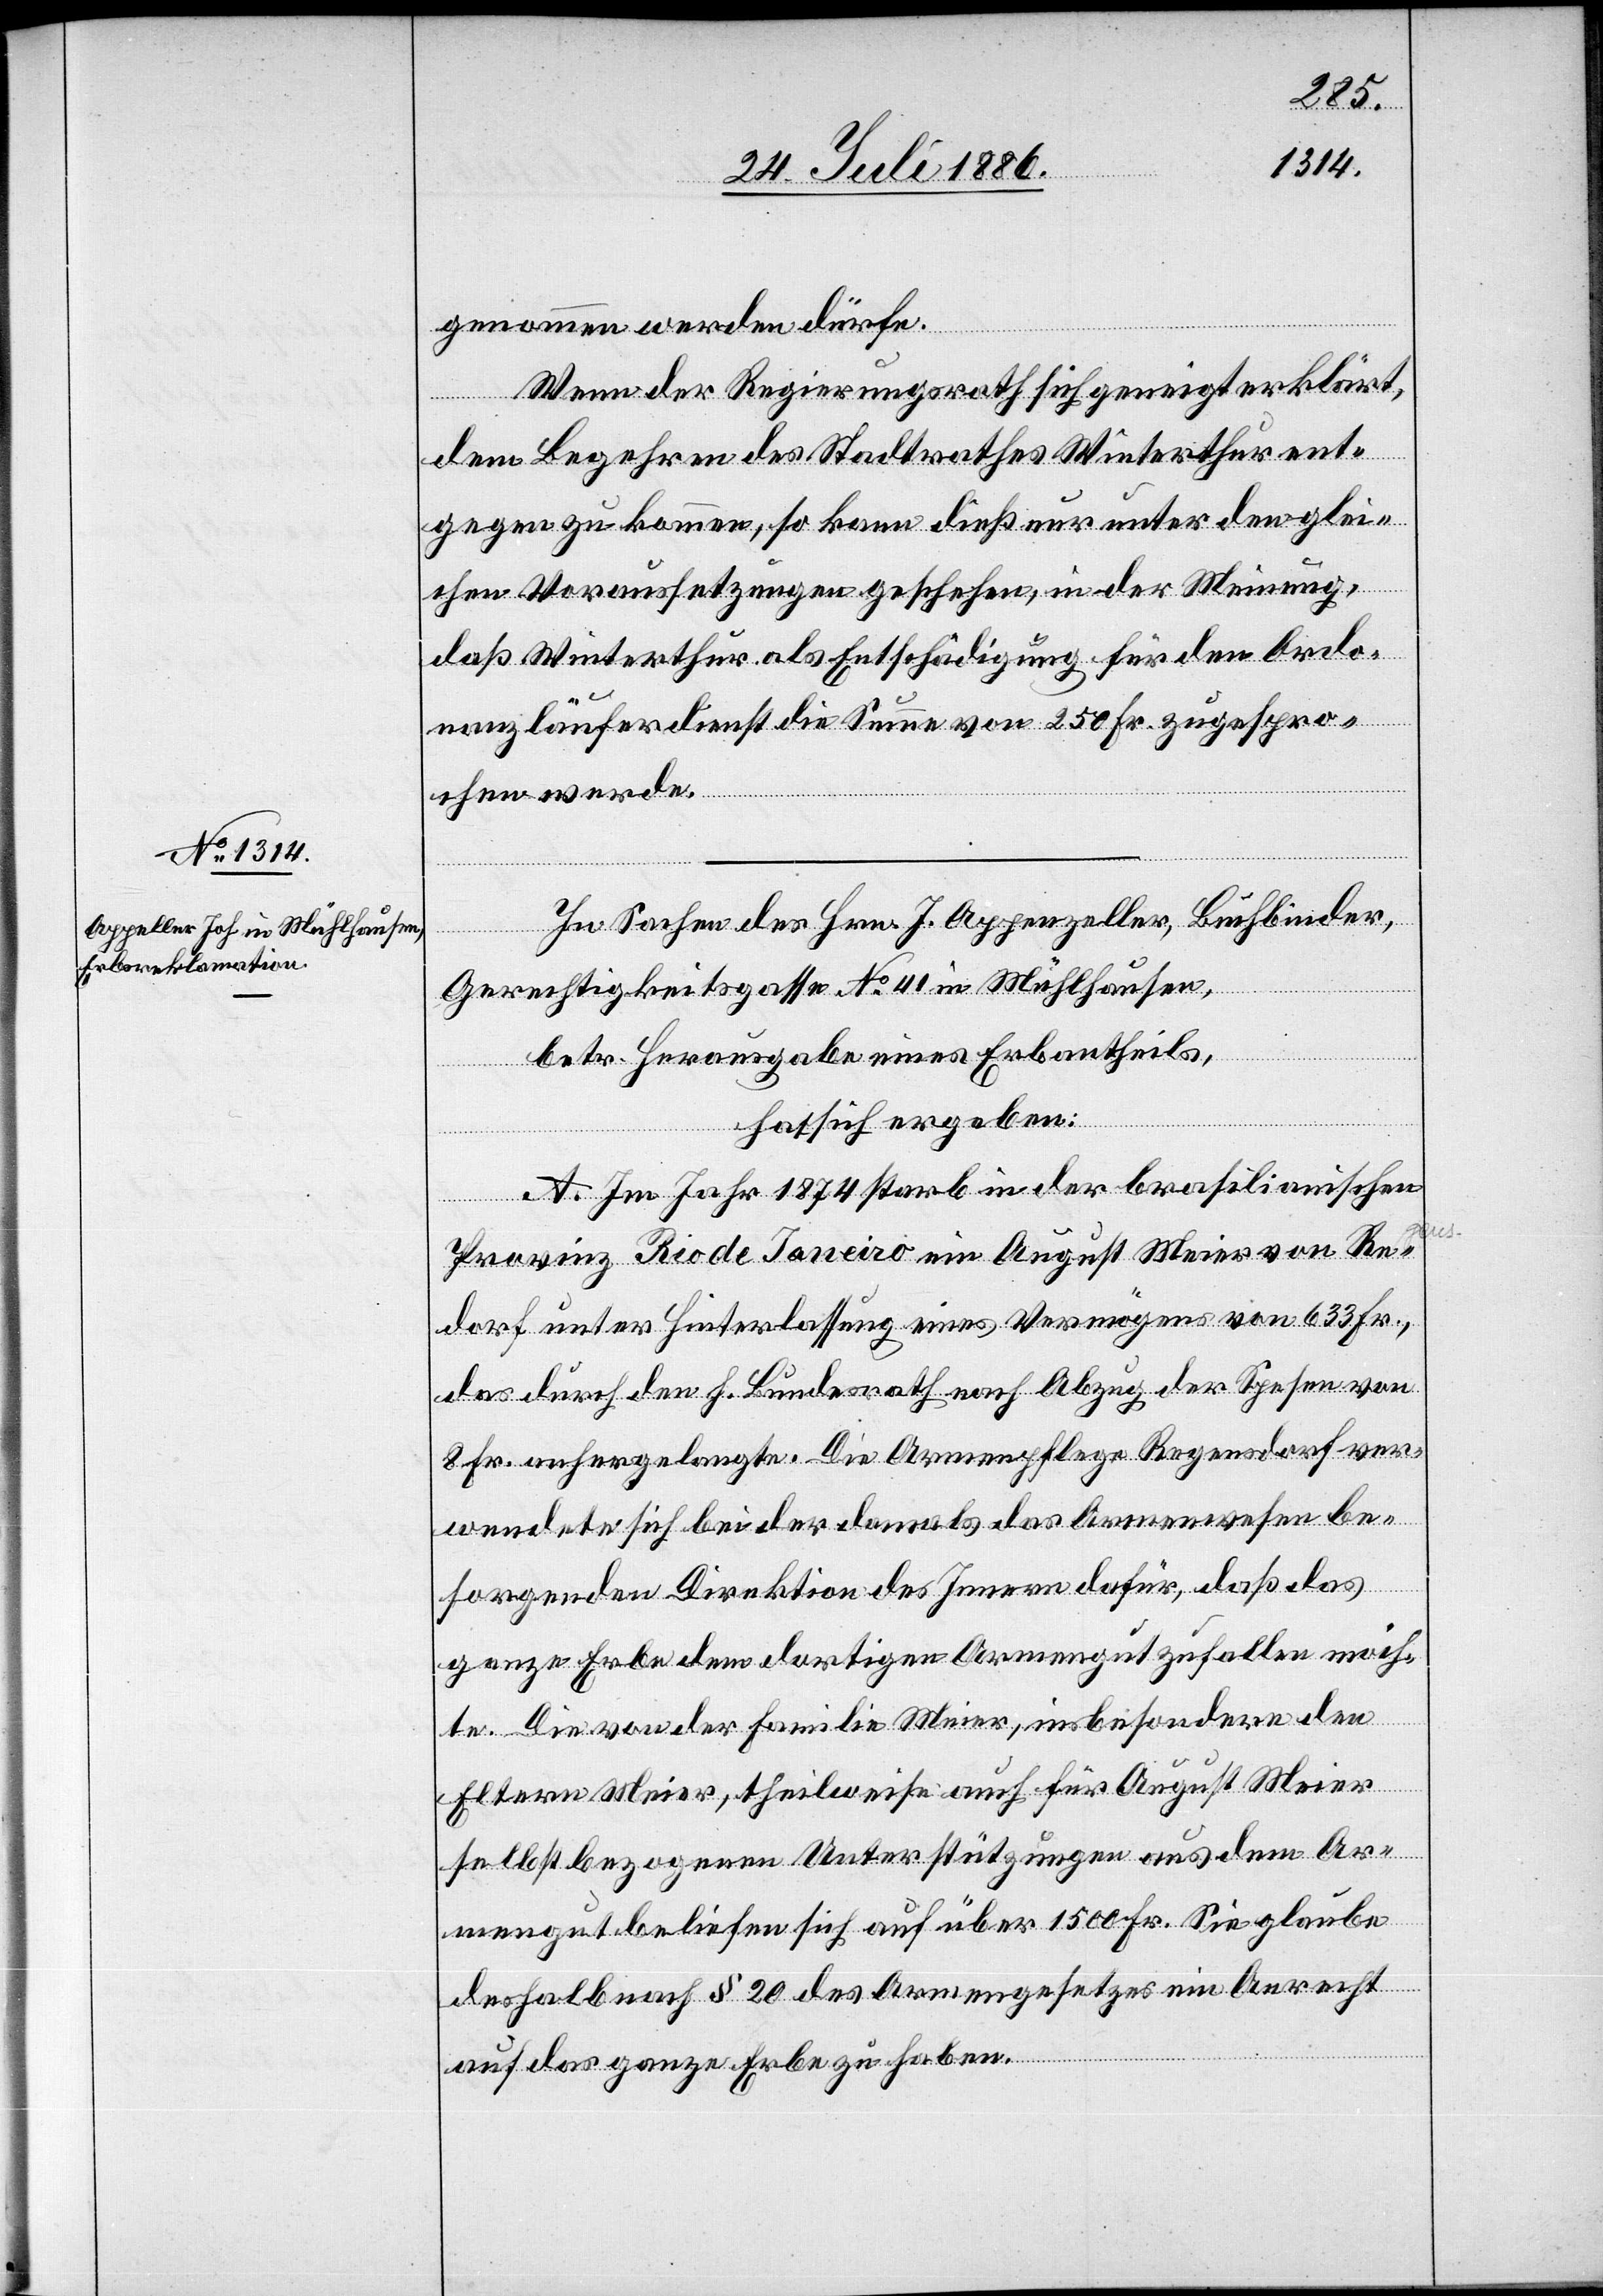
genommen werden dürfe.
Wenn der Regierungsrath sich geneigt erklärt,
dem Begehren des Stadtrathes Winterthur ent¬
gegen zu kommen, so kann dieß nur unter den glei¬
chen Voraussetzungen geschehen, in der Meinung,
daß Winterthur als Entschädigung für den Ordo¬
nanzläuferdienst die Summe von 250 Fr. zugespro¬
chen werde.
In Sachen des Hrn. J. Appenzeller, Buchbinder,
Gerechtigkeitsgasse No 41 in Mühlhausen,
betr. Herausgabe eines Erbantheils,
hat sich ergeben:
A. Im Jahr 1874 starb in der brasilianischen
Provinz Rio Janeiro ein August Meier von Re[g¬
s]dorf unter Hinterlassung eines Vermögens von 633 Fr.,
das durch den h. Bundesrath nach Abzug der Spesen von
8 Fr. anhergelangte. Die Armenpflege Regensdorf ver¬
wendete sich bei der damals das Armenwesen be¬
sorgenden Direktion des Innern dafür, daß das
ganze Erbe dem dortigen Armengut zufallen möch¬
en¬
te. Die von der Familie Meier, insbesondere den
Eltern Meier, theilweise auch für August Meier
selbst bezogenen Unterstützungen aus dem Ar¬
mengut beliefen sich auf über 1500 Fr. Sie glaube
deshalb nach § 20 des Armengesetzes ein Anrecht
auf das ganze Erbe zu haben.